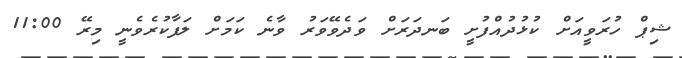
ޝިޕް ހުރަވީއަށް ކުޅުދުއްފުށީ ބަނދަރަށް ވަދެވޭވަރު ވާނެ ކަމަށް ލަފާކުރެވެނީ މިރޭ 11:00